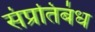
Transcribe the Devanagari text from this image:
संप्रतिबंध